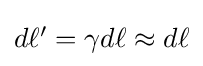
{\textstyle d\ell '=\gamma d\ell \approx d\ell }